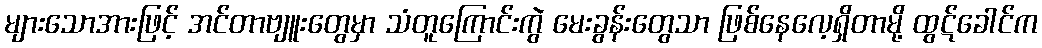
များသောအားဖြင့် အင်တာဗျူးတွေမှာ သံတူကြောင်းကွဲ မေးခွန်းတွေသာ ဖြစ်နေလေ့ရှိတာမို့ ထွဋ်ခေါင်က